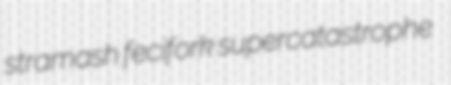
stramash fecifork supercatastrophe